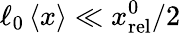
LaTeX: \ell_{0}\left\langle x\right\rangle\ll x_{\mathrm{rel}}^{0}/2